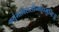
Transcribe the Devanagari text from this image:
कर्त्तुमाविरासीन्महामुनिः॥